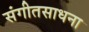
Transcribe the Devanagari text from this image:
संगीतसाधना